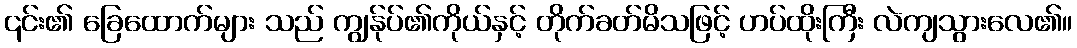
၎င်း၏ ခြေထောက်များ သည် ကျွန်ုပ်၏ကိုယ်နှင့် တိုက်ခတ်မိသဖြင့် ဟပ်ထိုးကြီး လဲကျသွားလေ၏။